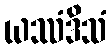
ယဿံဒိသံ